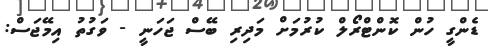
ޑެންގީ ހުން ކޮންޓްރޯލް ކުރުމަށް މަދިރި ބޭސް ޖަހަނީ - ވަގުތު އިމޭޖަސް: